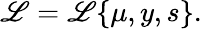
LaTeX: {\cal\mathscr{L}}={\cal\mathscr{L}}\{ \mu,y,s\} .